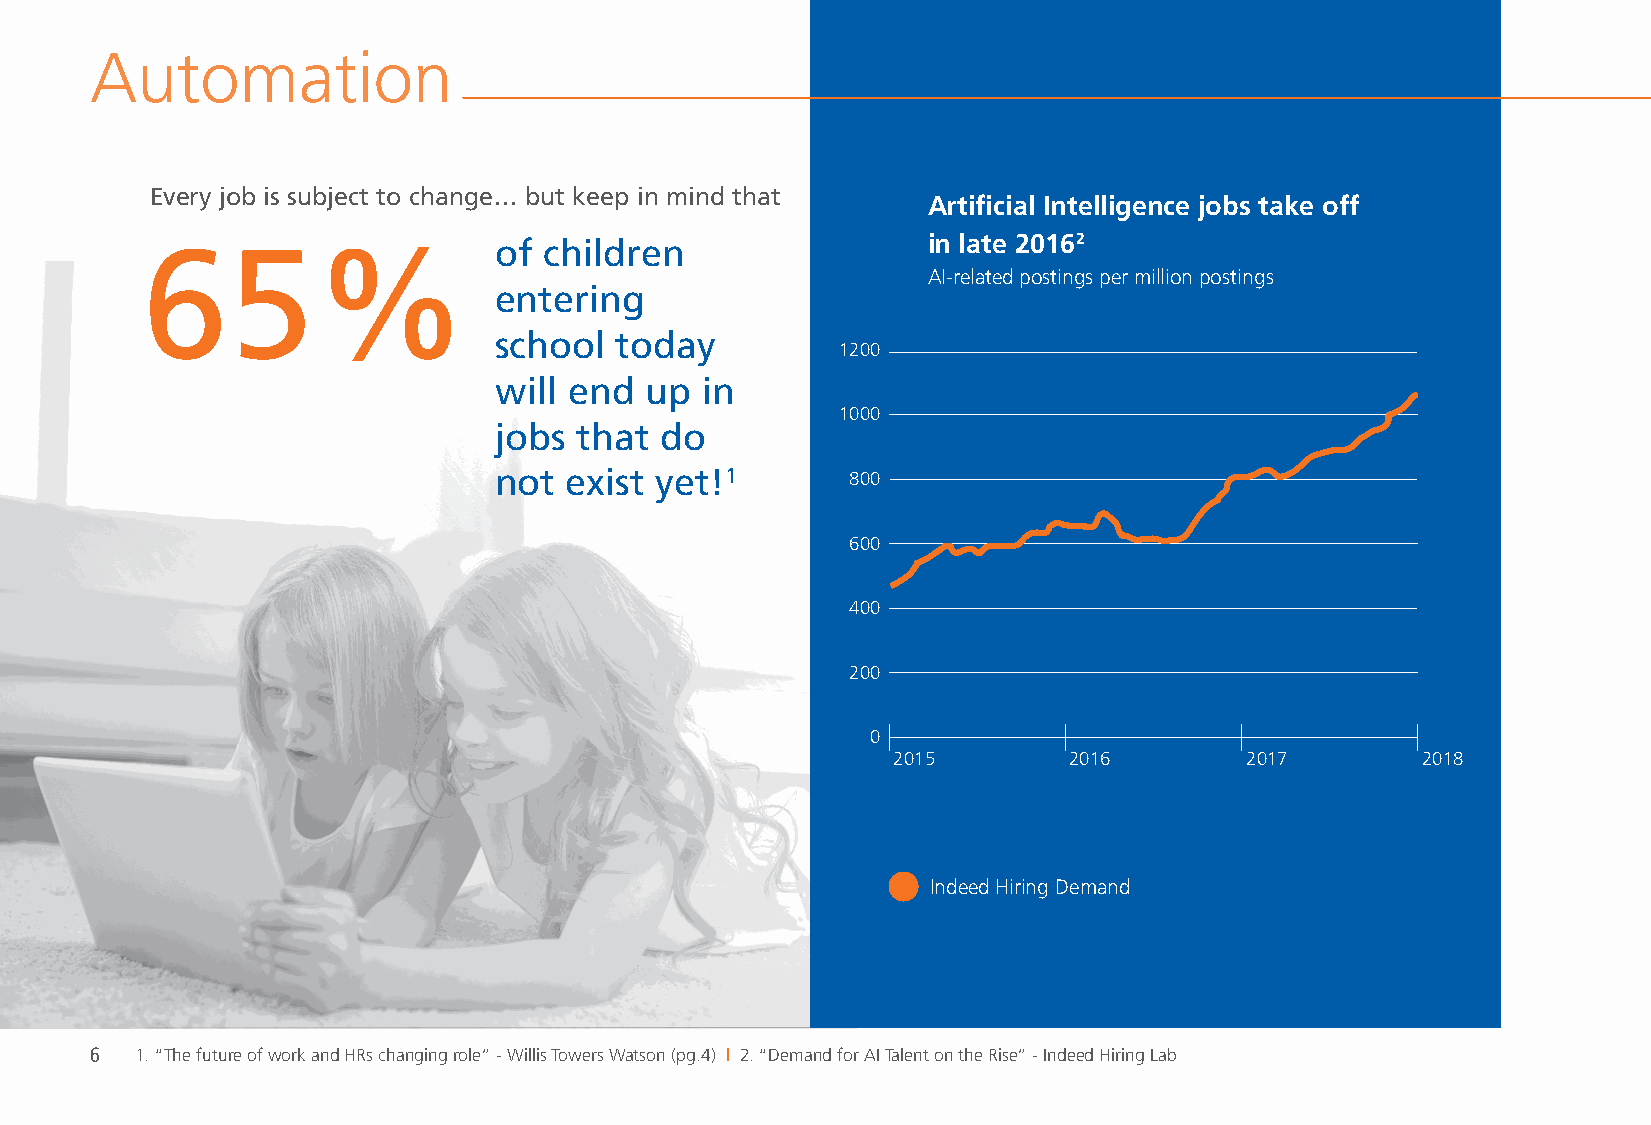
Automation
 Every job is subject to change… but keep in mind that
 Artificial Intelligence jobs take off
 65%                     of children                 in late 20162
 AI-related postings per million postings
 entering
 school  today
 1200
 will end  up in
 1000
 jobs that  do
 not exist yet!1        800
 600
 400
 200
 0
 2015        2016       2017        2018
 Indeed Hiring Demand
 6  1. “The future of work and HRs changing role” - Willis Towers Watson (pg.4) | 2. “Demand for AI Talent on the Rise” - Indeed Hiring Lab